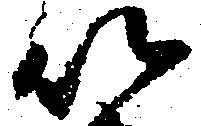
以